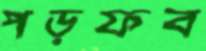
পড়ফব